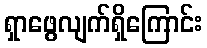
ရှာဖွေလျက်ရှိကြောင်း